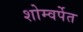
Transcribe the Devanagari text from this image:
शोम्वर्पेत